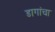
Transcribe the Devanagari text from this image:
डागांचा